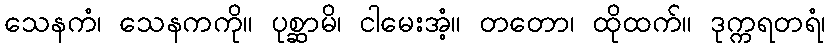
သေနကံ၊ သေနကကို။ ပုစ္ဆာမိ၊ ငါမေးအံ့။ တတော၊ ထိုထက်။ ဒုက္ကရတရံ၊